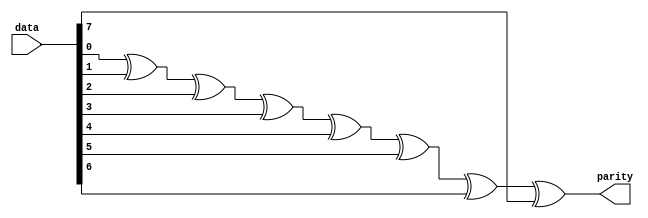
module even_parity(
  input [7:0] data,
  output reg parity
);
integer i;

  always @(*) begin
    parity = 1'b0;
    for (i = 0; i<8;i=i+1)
      parity = parity ^data[i];
  end
    

endmodule